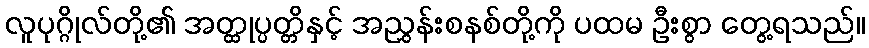
လူပုဂ္ဂိုလ်တို့၏ အတ္ထုပ္ပတ္တိနှင့် အညွှန်းစနစ်တို့ကို ပထမ ဦးစွာ တွေ့ရသည်။